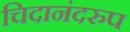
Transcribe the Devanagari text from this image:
चिदानंदरुप